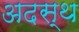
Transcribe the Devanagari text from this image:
अदस्थ